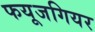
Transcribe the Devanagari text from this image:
फयूजगियर